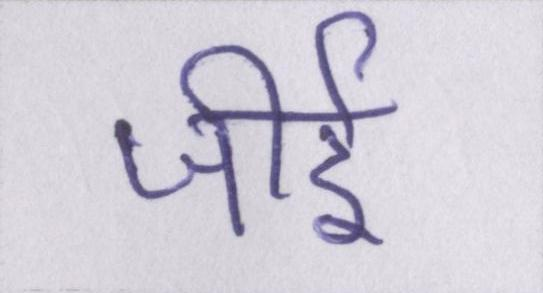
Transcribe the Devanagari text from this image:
जीर्इ